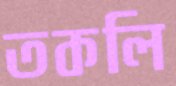
তকলি